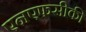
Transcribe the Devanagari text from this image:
एनएफसीकी